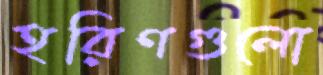
হরিণগুলো